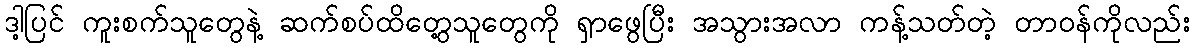
ဒါ့ပြင် ကူးစက်သူတွေနဲ့ ဆက်စပ်ထိတွေ့သူတွေကို ရှာဖွေပြီး အသွားအလာ ကန့်သတ်တဲ့ တာဝန်ကိုလည်း